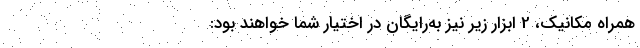
همراه مکانیک، 2 ابزار زیر نیز به‌رایگان در اختیار شما خواهند بود: